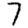
Digit: 7